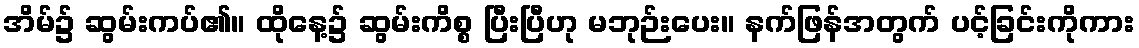
အိမ်၌ ဆွမ်းကပ်၏။ ထိုနေ့၌ ဆွမ်းကိစ္စ ပြီးပြီဟု မဘုဉ်းပေး။ နက်ဖြန်အတွက် ပင့်ခြင်းကိုကား